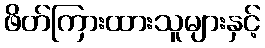
ဖိတ်ကြားထားသူများနှင့်